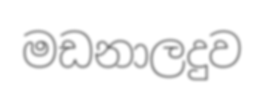
මඩනාලදුව